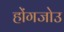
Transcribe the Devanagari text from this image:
होंगजोउ